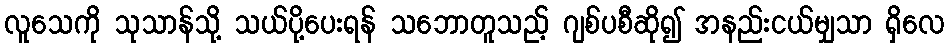
လူသေကို သုသာန်သို့ သယ်ပို့ပေးရန် သဘောတူသည့် ဂျစ်ပစီဆို၍ အနည်းငယ်မျှသာ ရှိလေ